NAE_EAA_P-1050_Enda_Kallas, lk 11
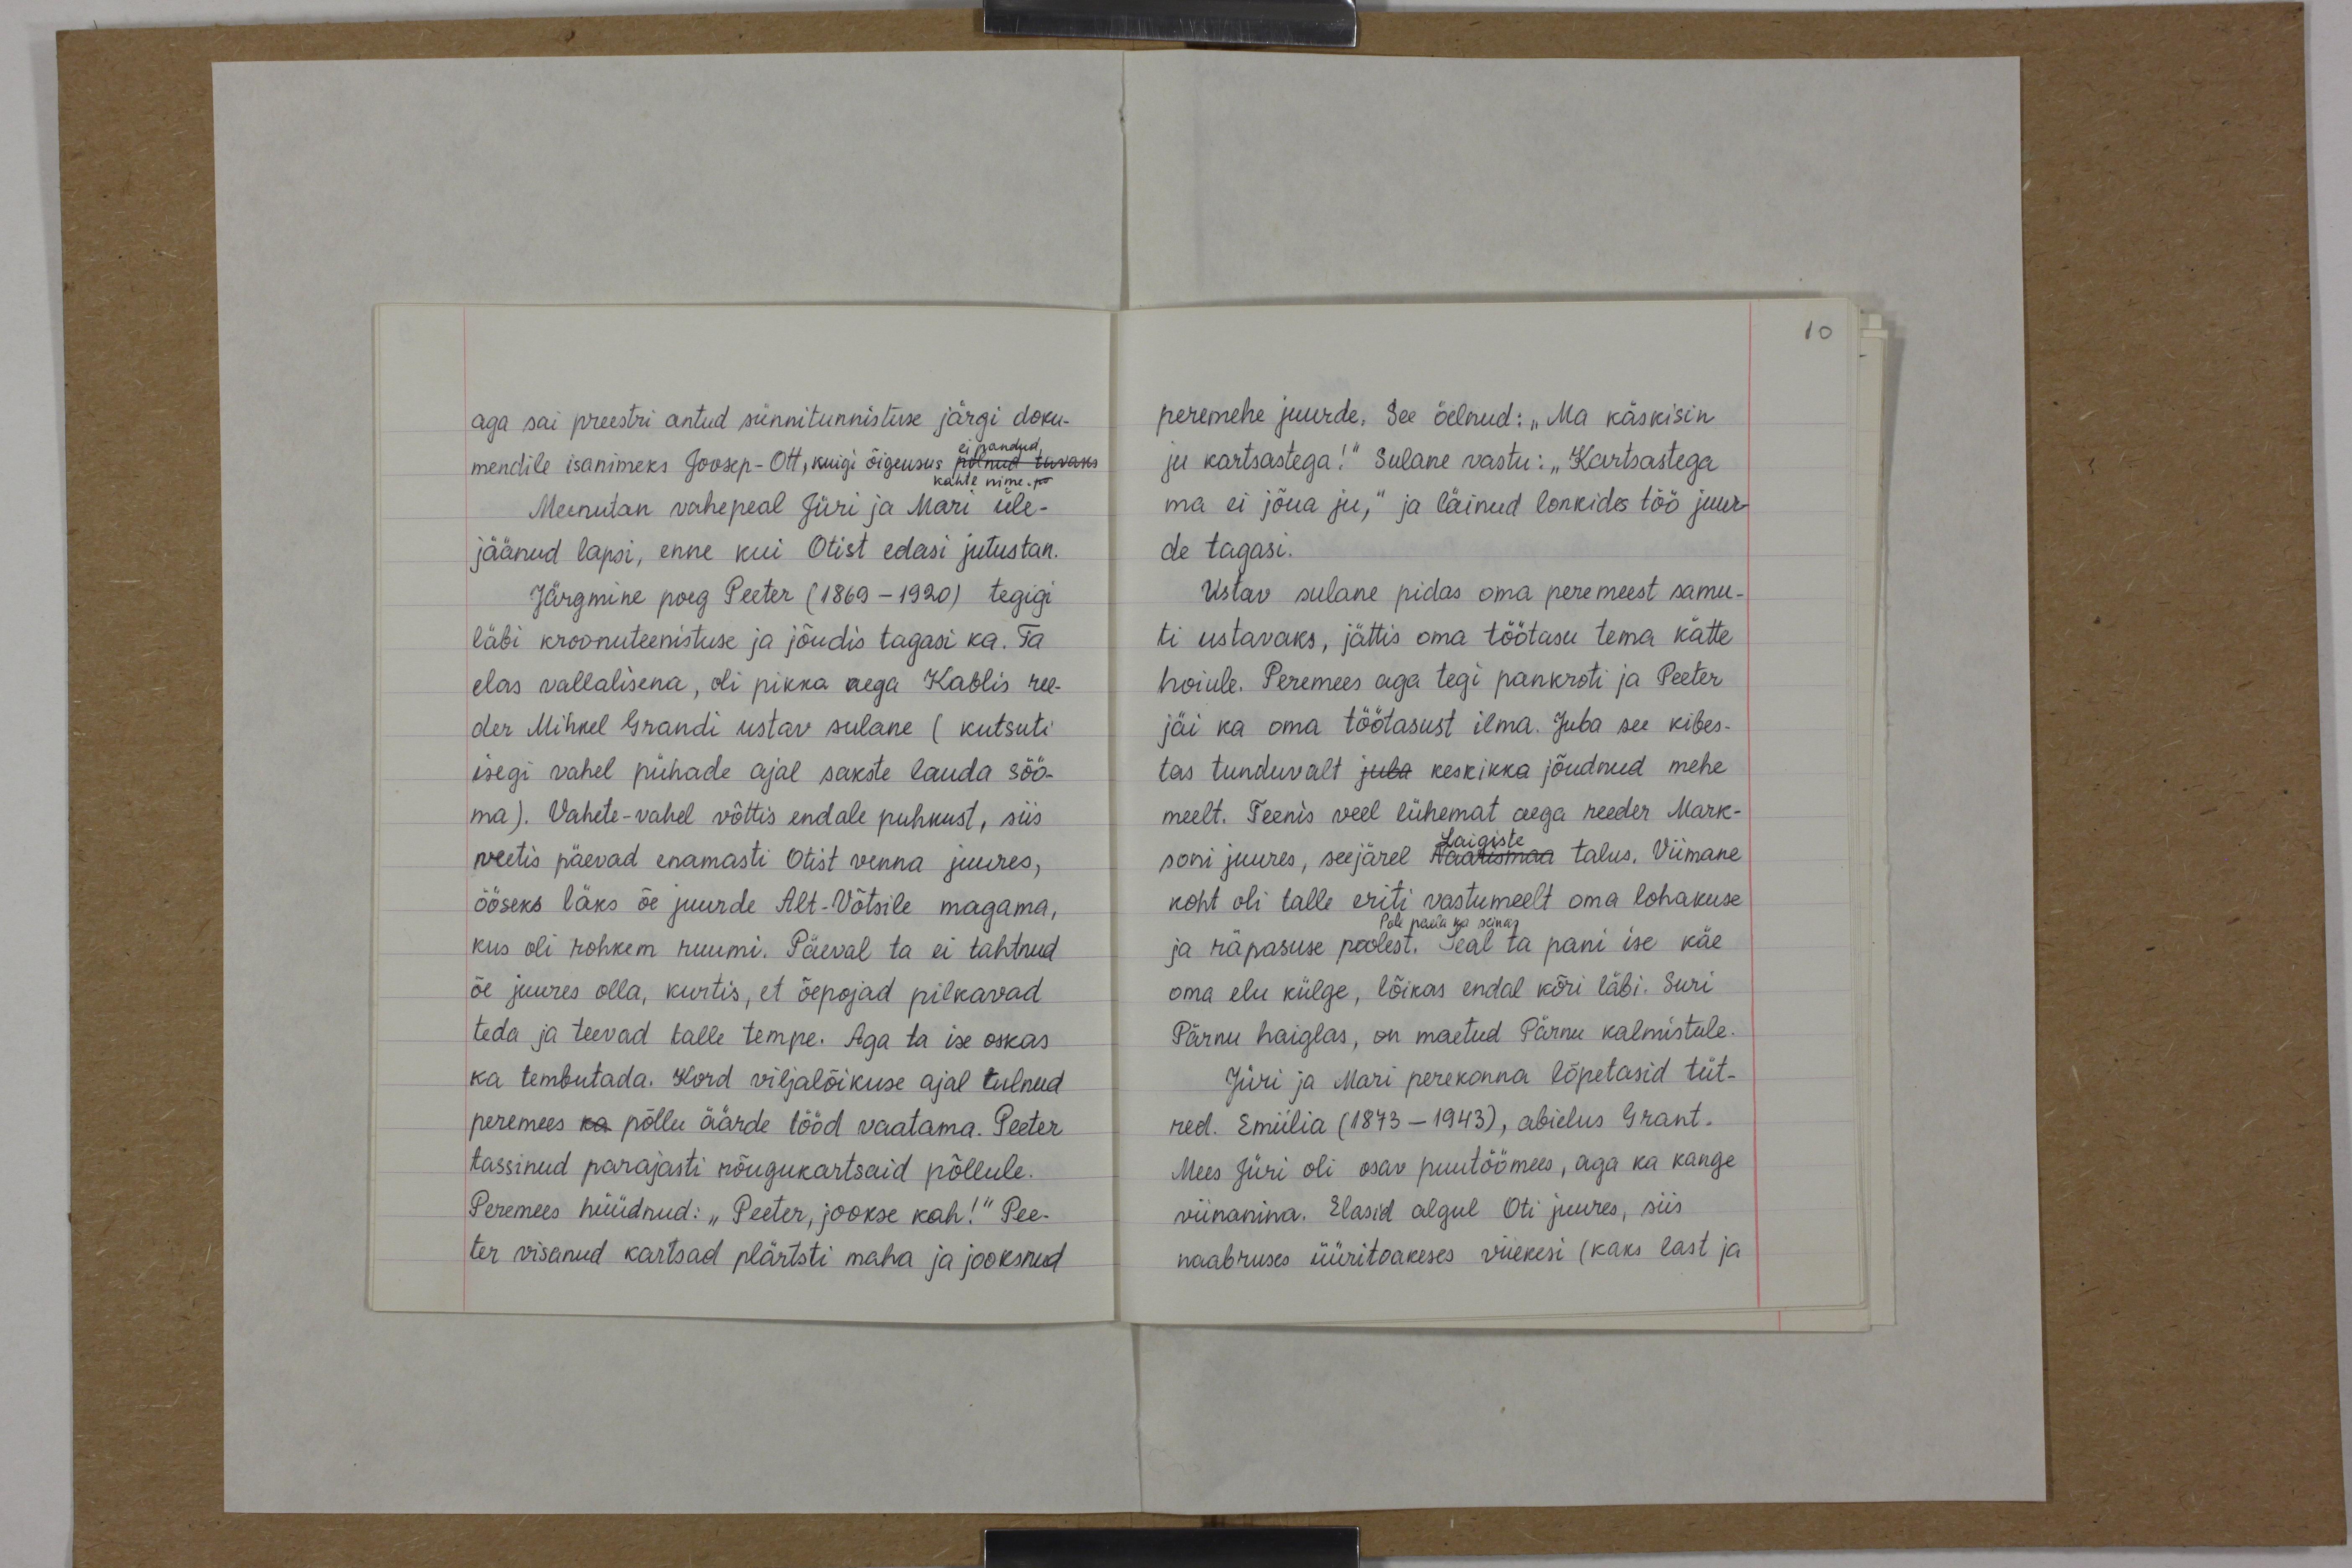
10

aga sai preestri antud sünnitunnistuse järgi doku-
mendile isanimeks Joosep-Ott, kuigi õigeusus polnud tavaks
ei pandud,
Meenutan vahepeal Jüri ja Mari üle-
jäänud lapsi, enne kui Otist edasi jutustan.
Järgmine poeg Peeter (1869-1920) tegigi
läbi kroonuteenistuse ja jõudis tagasi ka. Ta
elas vallalisena, oli pikka aega Kablis ree-
der Mihkel Grandi ustav sulane (kutsuti
isegi vahel pühade ajal sakste lauda söö-
ma). Vahete-vahel võttis endale puhkust, siis
veetis päevad enamasti Otist venna juures,
ööseks läks õe juurde Alt-Võtsile magama,
kus oli rohkem ruumi. Päeval ta ei tahtnud
õe juures olla, kurtis, et õepojad pilkavad
teda ja teevad talle tempe. Aga ta ise oskas
ka tembutada. Kord viljalõikuse ajal tulnud
peremees ka põllu äärde tööd vaatama. Peeter
tassinud parajasti nõugukartsaid põllule.
Peremees hüüdnud: "Peeter, jookse kah!" Pee-
ter visanud kartsad plärtsti maha ja jooksnud

peremehe juurde. See öelnud: "Ma käskisin
ju kartsastega!" Sulane vastu: „Kartsastega
ma ei jõua ju," ja läinud lonkides töö juur-
de tagasi.
Ustav sulane pidas oma peremeest samu-
ti ustavaks, jättis oma töötasu tema kätte
hoiule. Peremees aga tegi pankroti ja Peeter
jäi ka oma töötasust ilma. Juba see kibes-
tas tunduvalt juba keskikka jõudnud mehe
meelt. Teenis veel lühemat aega reeder Mark-
soni juures, seejärel Naarismaa talus. Viimane
Laigiste
koht oli talle eriti vastumeelt oma lohakuse
Pole paela ka seinas
ja räpasuse poolest. Seal ta pani ise käe
oma elu külge, lõikas endal kõri läbi. Suri
Pärnu haiglas, on maetud Pärnu kalmistule.
Jüri ja Mari perekonna lõpetasid tüt-
red. Emiilia (1873 -1943), abielus Grant.
Mees Jüri oli osav puutöömees, aga ka kange
viinanina. Elasid algul Oti juures, siis
naabruses üüritoakeses viiekesi (kaks last ja